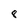
Character: 8